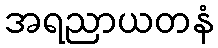
အရညာယတနံ